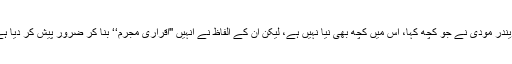
نریندر مودی نے جو کچھ کہا، اُس میں کچھ بھی نیا نہیں ہے، لیکن ان کے الفاظ نے انہیں ''اقراری مجرم‘‘ بنا کر ضرور پیش کر دیا ہے۔